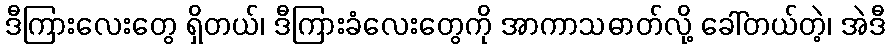
ဒီကြားလေးတွေ ရှိတယ်၊ ဒီကြားခံလေးတွေကို အာကာသဓာတ်လို့ ခေါ်တယ်တဲ့၊ အဲဒီ